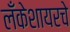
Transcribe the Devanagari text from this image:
लँकेशायरचे